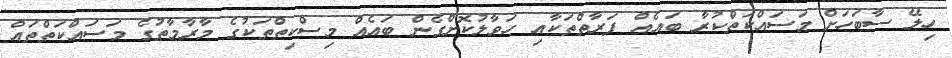
ހިލޭ ސާބަހަށް މަސައްކަތްކުރާ ބައެއް ފަރާތްތަކާއި ހަވާލުކޮށްގެން ބައެއް މިސްކިތްތަކުގެ މާރާމާތުގެ މަސައްކަތްތައް